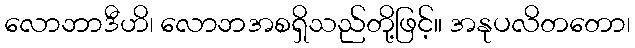
လောဘာဒီဟိ၊ လောဘအစရှိသည်တို့ဖြင့်။ အနုပလိတတော၊